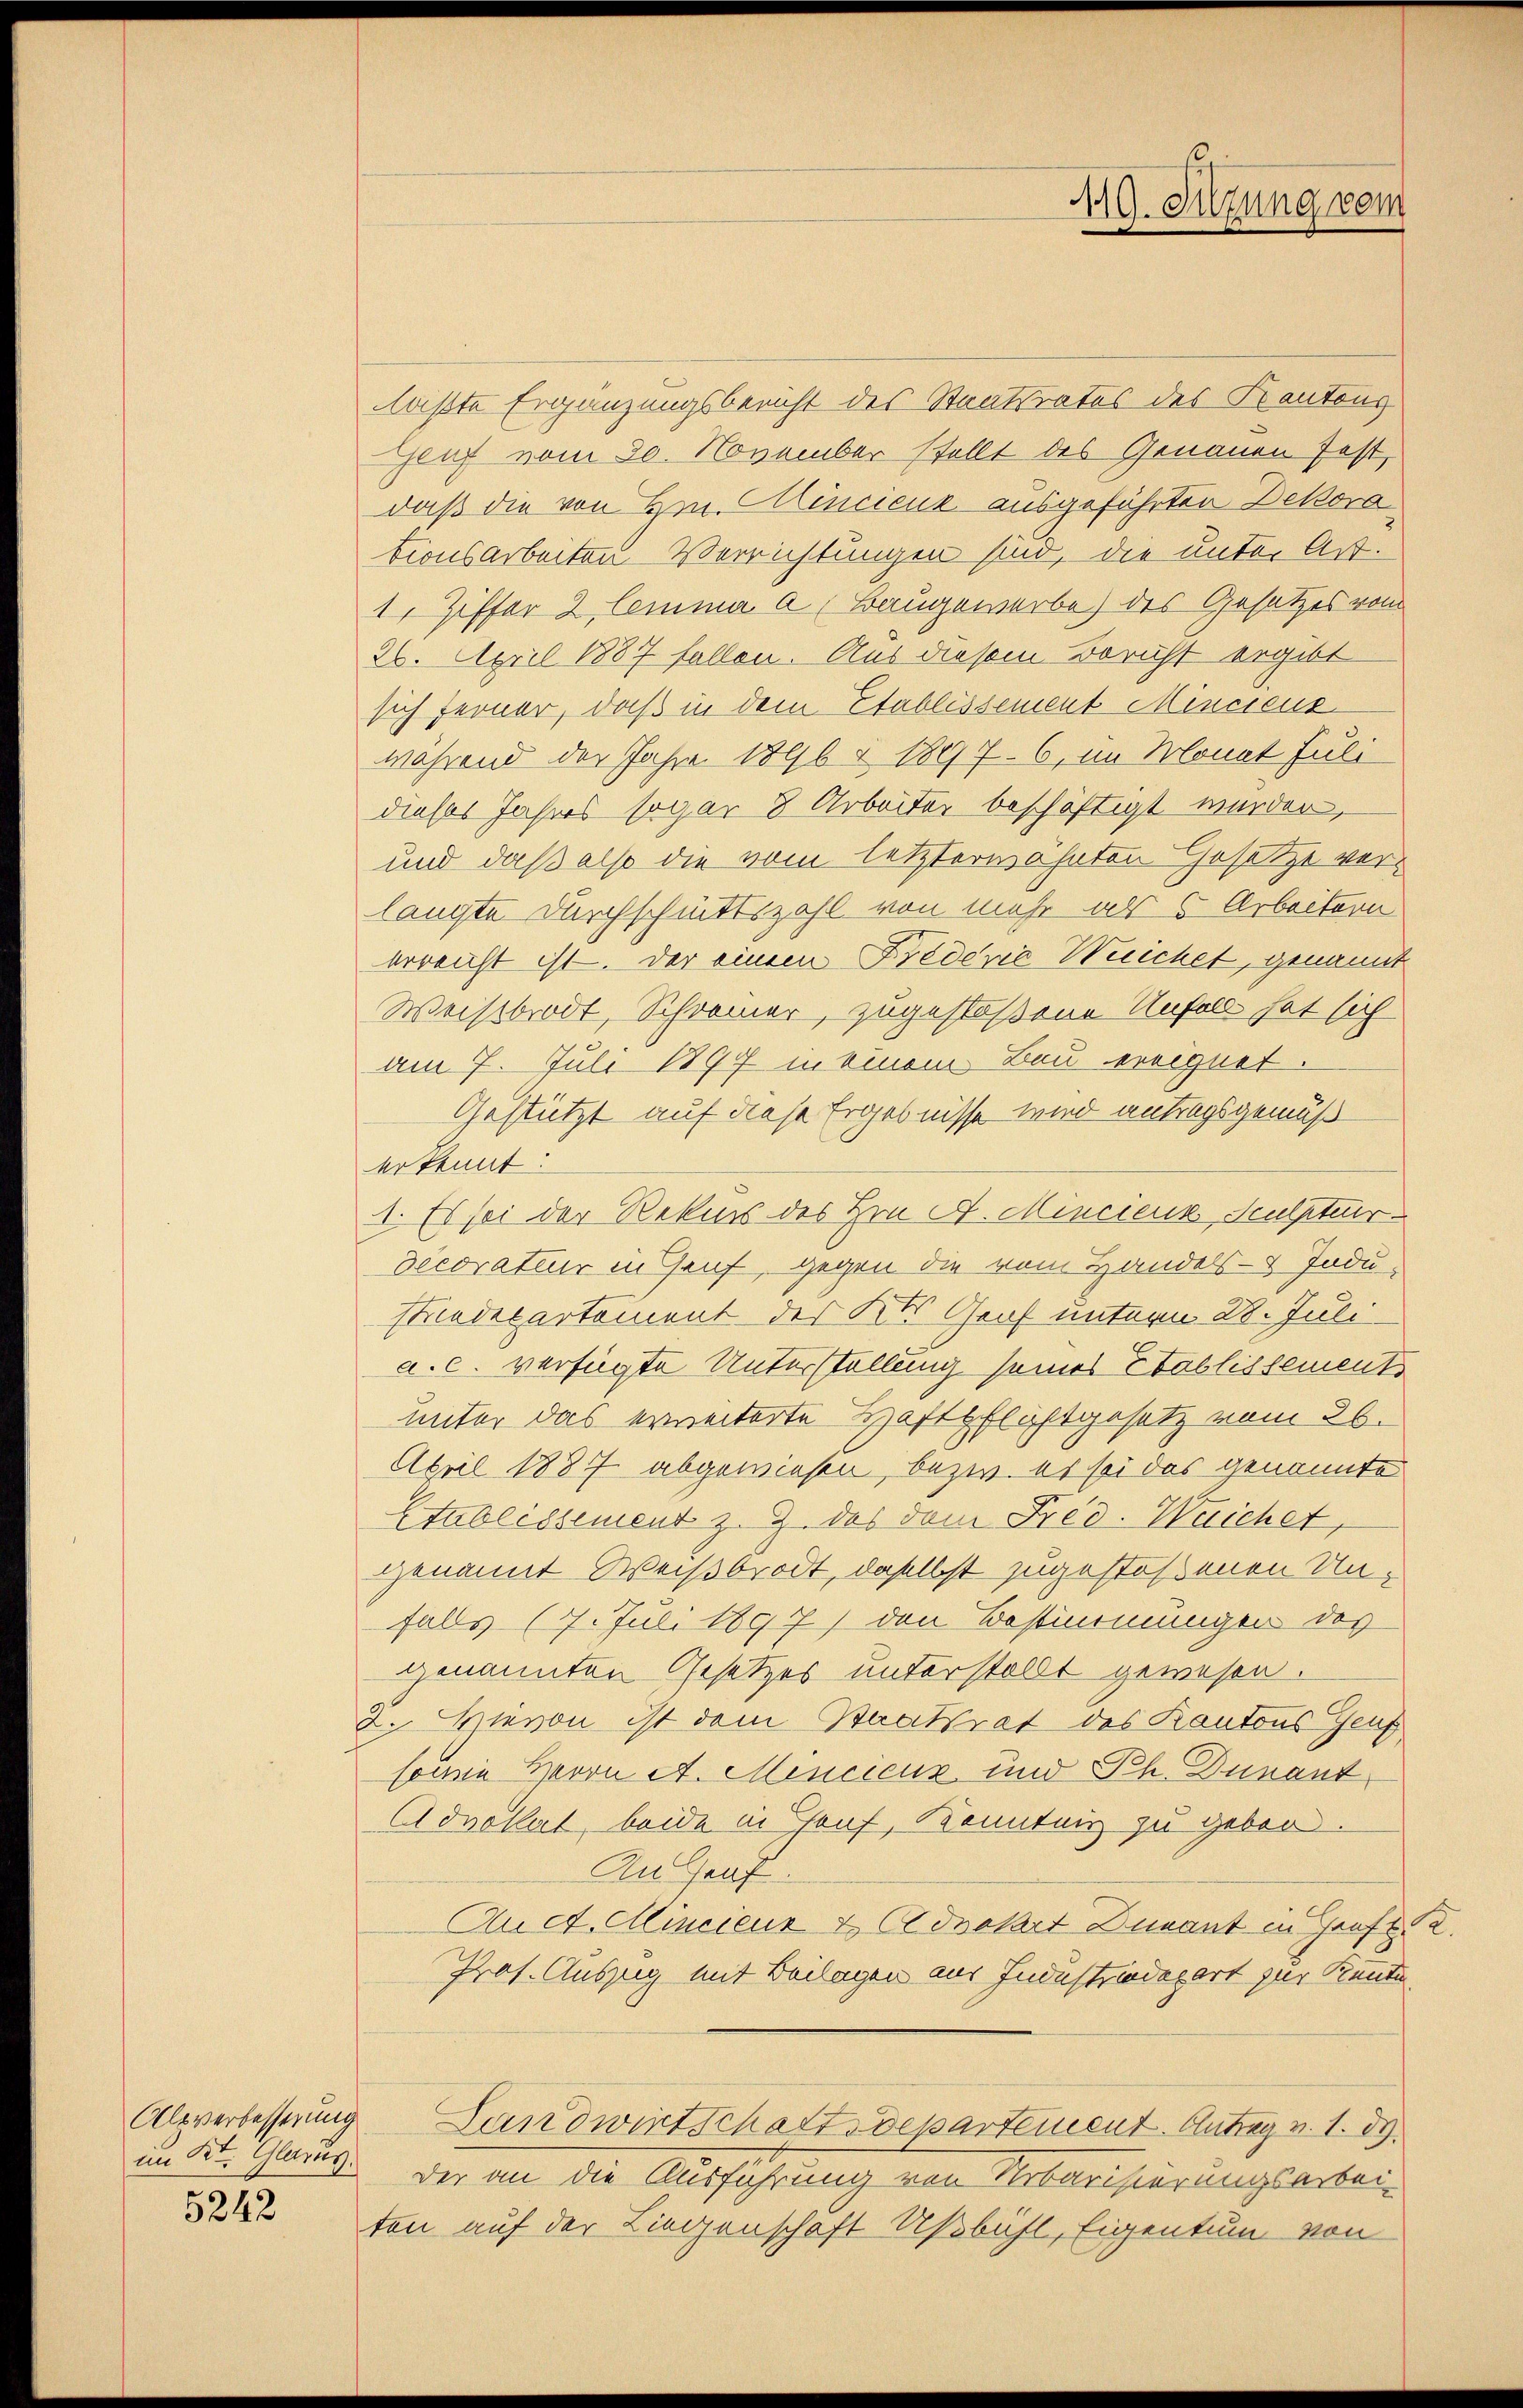
Alpverbesserung
im Kt. Glarus.

5242

daßte Ergänzungsbericht des Staatsrates des Kantons
Genf vom 30. November stellt des Genauen fest,
daß die von Hrn. Cincieux ausgeführten Dekora
tionsarbeiten Verrichtungen sind, die unter Art.
1, Ziffer 2 lemma a. Baugewerbe) des Gesetzes vom
26. April 1887 fallen. Aus diesem Bericht ergibt
sich ferner, daß in dem Etablissement Mincsens
während der Jahre 1896 § 1897. 6, im Monat Juli
dieses Jahres sogar 8 Arbeiter beschäftigt werden,
und daß also die vom letzterwohnten Gesetze verlangte Durchschnittszahl von mehr als 5 Arbeitern
erreicht ist. Der einem Fredević Weichet, genannt
Weisbrodt, Schreier, zugestoßene Unfalls hat sich
am 7. Juli 1877 in einem Bau ereignet.
Gestützt auf diese Ergebnisse wird antragsgemäß
erkennt:
1. Es sei der Rekurs des Hrn. A. Mincierk, Sculptur
decoratur in Genf, gegen die vom Handels- Indu-
Friedepartement des Kts Graf unterm 28. Juli
a. c. verfügte Unterstellung seines Etablissement
unter das erweiterte Haftpflastgesetz vom 26.
April 1887 abgewiesen, bezw. es sei das genannte
Etablissement z. Z. des dem Fred. Weichet,
genannt Weißbrodt, daselbst zugestoßenen Unfalls (7. Juli 1897) den Bestimmungen des
genannten Gesetzes unterstellt gewesen.
2. Wievon ist dem Staatsrat des Kantons Genf
sowie Herrn St. Mencieux und Ph. Dunant
Advokat, beide in Graf, Kenntnis zu geben.
Aulauf.
Auct. Mincieur & Advokart Duvant in Graft 2.
Prof. Auszug mit Beilagen aus Industriedepart zur Kenntn
Landwirtschaftsdepartement. Antrag v. 1. d.
der an die Ausführung von Urbarisierungsarbei-
ton auf der Liegenschaft Ußbühl, Eigentum von

119. Sitzung vom